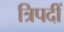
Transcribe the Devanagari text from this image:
त्रिपदीं